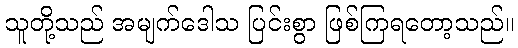
သူတို့သည် အမျက်ဒေါသ ပြင်းစွာ ဖြစ်ကြရတော့သည်။